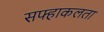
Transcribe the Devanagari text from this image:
सफ्हाकलता